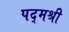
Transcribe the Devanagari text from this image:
पद्‌मश्री